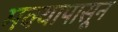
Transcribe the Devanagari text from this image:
मक्यापासून